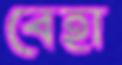
বেহা